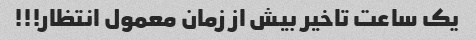
یک ساعت تاخیر بیش از زمان معمول انتظار!!!